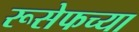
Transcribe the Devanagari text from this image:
रूसेफच्या